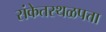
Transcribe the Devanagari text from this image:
संकेतस्थळपत्ता